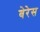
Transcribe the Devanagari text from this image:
बेरेस